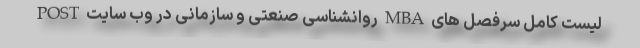
لیست کامل سرفصل های MBA روانشناسی صنعتی و سازمانی در وب سایت POST